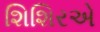
શિશિરએ